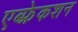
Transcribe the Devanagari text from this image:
एब्फ्रेकशन